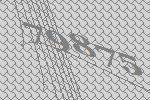
79875